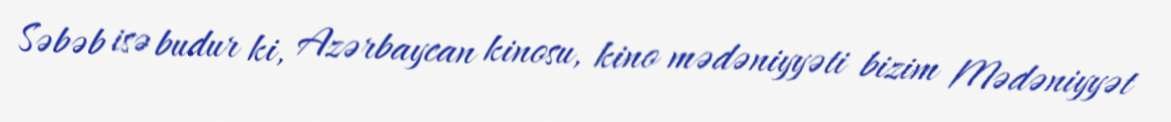
Səbəb isə budur ki, Azərbaycan kinosu, kino mədəniyyəti bizim Mədəniyyət